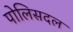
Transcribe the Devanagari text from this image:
पोलिसदल